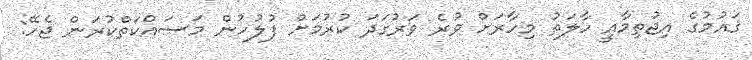
ޤައުމުގެ އިޖުތިމާއީ ހާލަތު މިހާރަށް ވުރެ ވަރުގަދަ ކުރުމަށް ފުލުހުން މަސައްކަތްކުރަން ޖެހޭ: